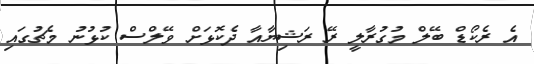
އެ ރެކޯޑް ބޭލް މުގުރާލީ ރޭ ރަޝިޔާއާ ދެކޮޅަށް ވޭލްސް ކުޅުނު މެޗުގައި